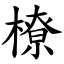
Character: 橑